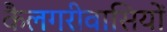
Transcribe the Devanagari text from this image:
कैलगरीवासियों